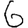
Digit: 6